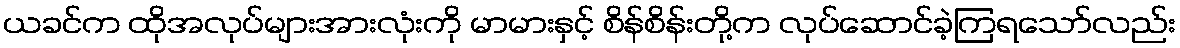
ယခင်က ထိုအလုပ်များအားလုံးကို မာမားနှင့် စိန်စိန်းတို့က လုပ်ဆောင်ခဲ့ကြရသော်လည်း